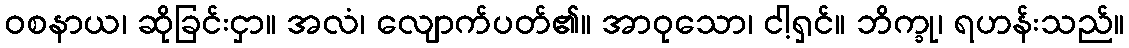
ဝစနာယ၊ ဆိုခြင်းငှာ။ အလံ၊ လျောက်ပတ်၏။ အာဝုသော၊ ငါ့ရှင်။ ဘိက္ခု၊ ရဟန်းသည်။